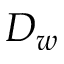
D _ { w }